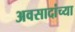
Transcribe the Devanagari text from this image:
अवसादांच्या